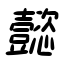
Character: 懿